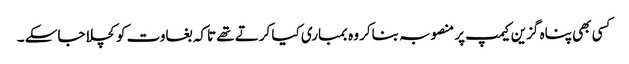
کسی بھی پناہ گزین کیمپ پر منصوبہ بناکر وہ بمباری کیا کرتے تھے تاکہ بغاوت کو کچلا جاسکے ۔